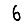
Digit: 6